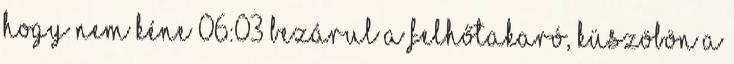
hogy nem kéne 06:03 Bezárul a felhőtakaró, küszöbön a